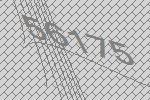
56175